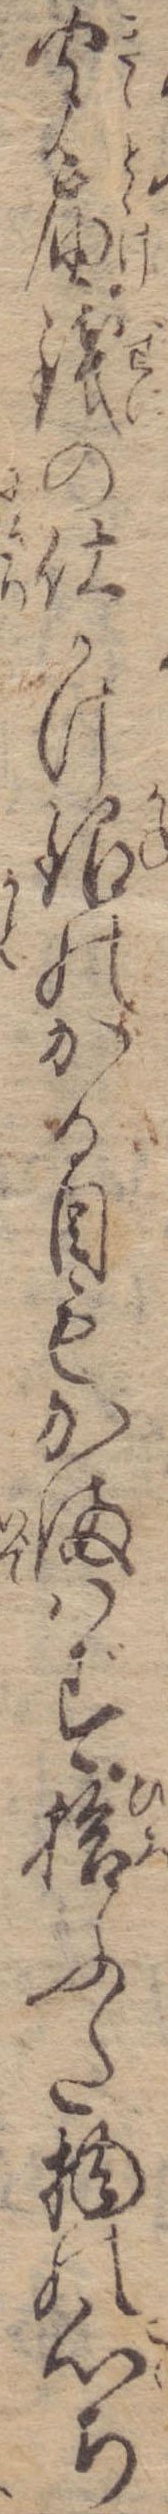
聞届銭の仕かけ銀のかる目もかまはず拾ふた物の心ち